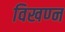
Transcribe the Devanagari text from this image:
विखण्न